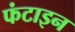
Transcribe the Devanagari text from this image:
फंटाइन